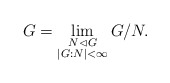
\begin{align*}G = \lim_{\substack{N\lhd G\\|G:N|<\infty}}G/N.\end{align*}